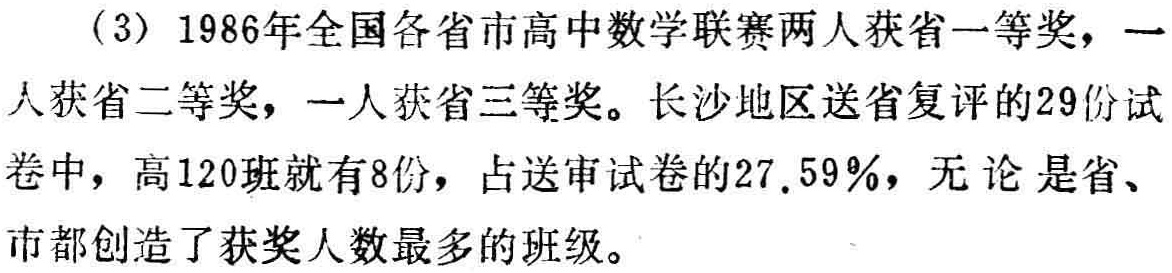
（3）1986年全国各省市高中数学联赛两人获省一等奖，一

人获省二等奖，一人获省三等奖。长沙地区送省复评的29份试

卷中，高120班就有8份，占送审试卷的27.59%，无论是省、

市都创造了获奖人数最多的班级。